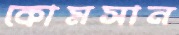
কোমসান